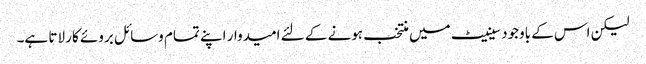
لیکن اس کے باوجود سینیٹ میں منتخب ہونے کے لئے امیدوار اپنے تمام وسائل بروئے کار لاتا ہے۔